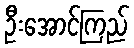
ဦးအောင်ကြည်